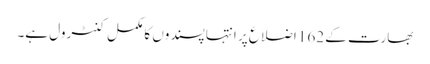
بھارت کے 162 اضلاع پر انتہا پسندوں کا مکمل کنٹرول ہے۔